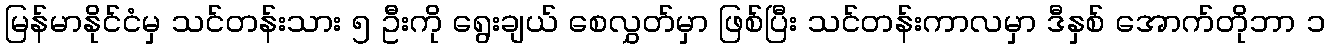
မြန်မာနိုင်ငံမှ သင်တန်းသား ၅ ဦးကို ရွေးချယ် စေလွှတ်မှာ ဖြစ်ပြီး သင်တန်းကာလမှာ ဒီနှစ် အောက်တိုဘာ ၁